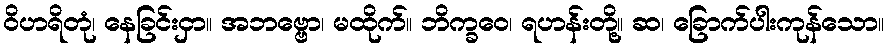
ဝိဟရိတုံ၊ နေခြင်းငှာ။ အဘဗ္ဗော၊ မထိုက်။ ဘိက္ခဝေ၊ ရဟန်းတို့။ ဆ၊ ခြောက်ပါးကုန်သော။